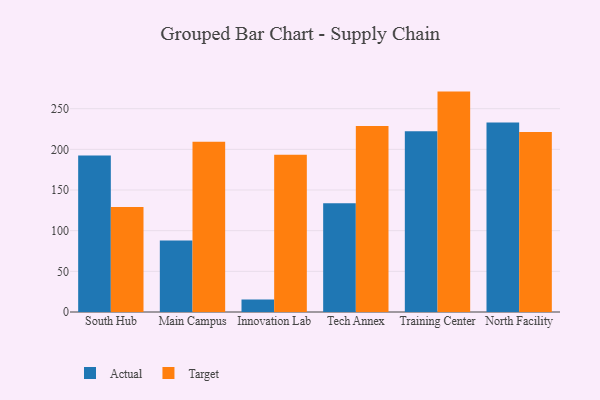
{"axis": {"x": "Campus", "y": "Production Output"}, "legend": ["Actual", "Target"], "data": [{"x": "South Hub", "y": 192.4, "type": "Actual"}, {"x": "South Hub", "y": 129.2, "type": "Target"}, {"x": "Main Campus", "y": 87.9, "type": "Actual"}, {"x": "Main Campus", "y": 209.3, "type": "Target"}, {"x": "Innovation Lab", "y": 15.3, "type": "Actual"}, {"x": "Innovation Lab", "y": 193.4, "type": "Target"}, {"x": "Tech Annex", "y": 133.6, "type": "Actual"}, {"x": "Tech Annex", "y": 228.7, "type": "Target"}, {"x": "Training Center", "y": 222.3, "type": "Actual"}, {"x": "Training Center", "y": 271.0, "type": "Target"}, {"x": "North Facility", "y": 233.0, "type": "Actual"}, {"x": "North Facility", "y": 221.2, "type": "Target"}]}